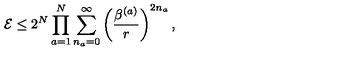
{ \cal E } \leq 2 ^ { N } \prod _ { a = 1 } ^ { N } \sum _ { n _ { a } = 0 } ^ { \infty } \left( \frac { \beta ^ { ( a ) } } { r } \right) ^ { 2 n _ { a } } ,